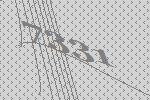
7331